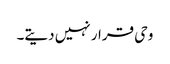
وحی قرار نہیں دیتے۔